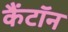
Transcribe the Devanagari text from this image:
कैंटॉन